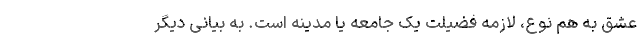
عشق به ‌هم ‌نوع، لازمه فضیلت یک جامعه یا مدینه است. به بیانی دیگر